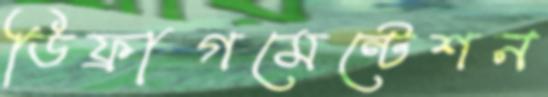
ডিফ্রাগমেন্টেশন